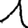
Digit: 1